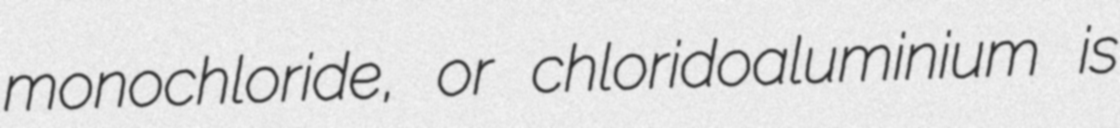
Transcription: monochloride, or chloridoaluminium is